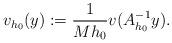
LaTeX: \begin{align*}v_{h_0}(y):=\frac{1}{Mh_0}v(A_{h_0}^{-1}y).\end{align*}